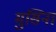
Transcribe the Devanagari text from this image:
मुसिना